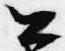
公